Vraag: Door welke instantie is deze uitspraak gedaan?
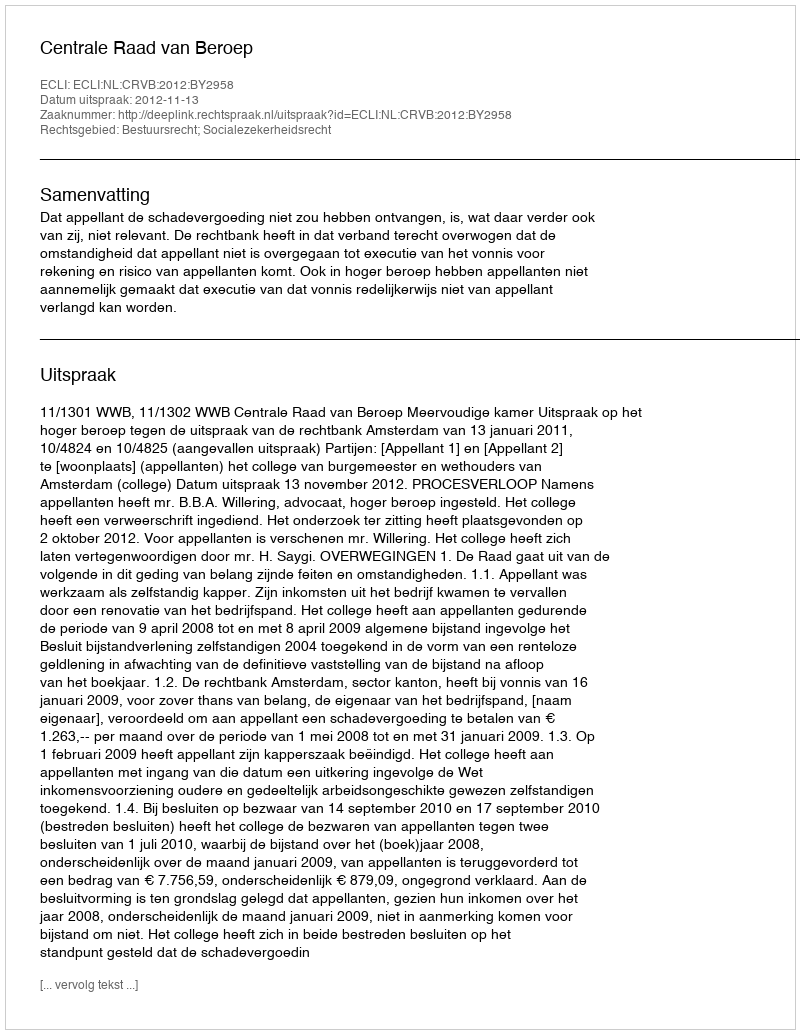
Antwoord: Centrale Raad van Beroep